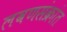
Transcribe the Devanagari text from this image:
लवणसंक्रांत